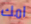
امك